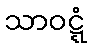
သာဝဋ္ဋံ